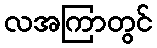
လအကြာတွင်